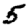
Digit: 5